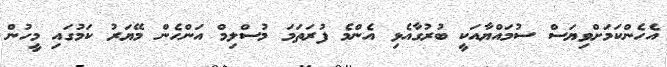
އެހެންކަމަށްވިޔަސް ސުމައްޔާއަކީ ބުރުގާއެޅި އެންމެ ފުރަތަމަ މުސްލިމް އަންހެން މޭޔަރު ކަމުގައި މީހުން